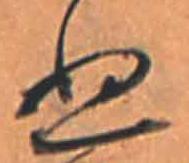
ぬ